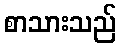
စာသားသည်